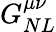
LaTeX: G_{NL}^{\mu\nu}